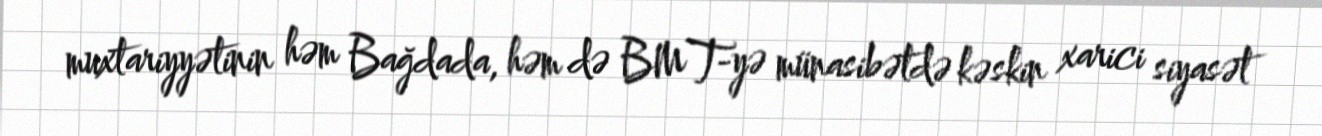
muxtariyyətinin həm Bağdada, həm də BMT-yə münasibətdə kəskin xarici siyasət